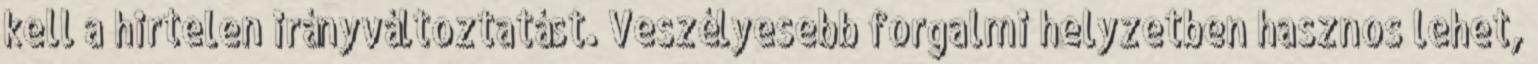
kell a hirtelen irányváltoztatást. Veszélyesebb forgalmi helyzetben hasznos lehet,